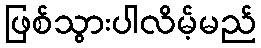
ဖြစ်သွားပါလိမ့်မည်